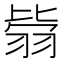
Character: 𦐳